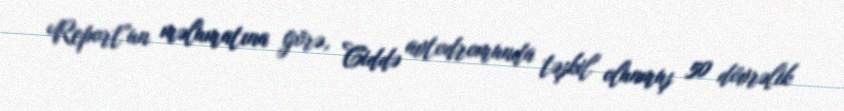
Report"un məlumatına görə, Ciddə avtodromunda təşkil olunmuş 50 dövrəlik